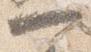
可